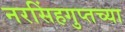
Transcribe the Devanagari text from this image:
नरसिंहगुप्तच्या